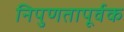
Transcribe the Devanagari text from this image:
निपुणतापूर्वक